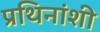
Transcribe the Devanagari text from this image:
प्रथिनांशी